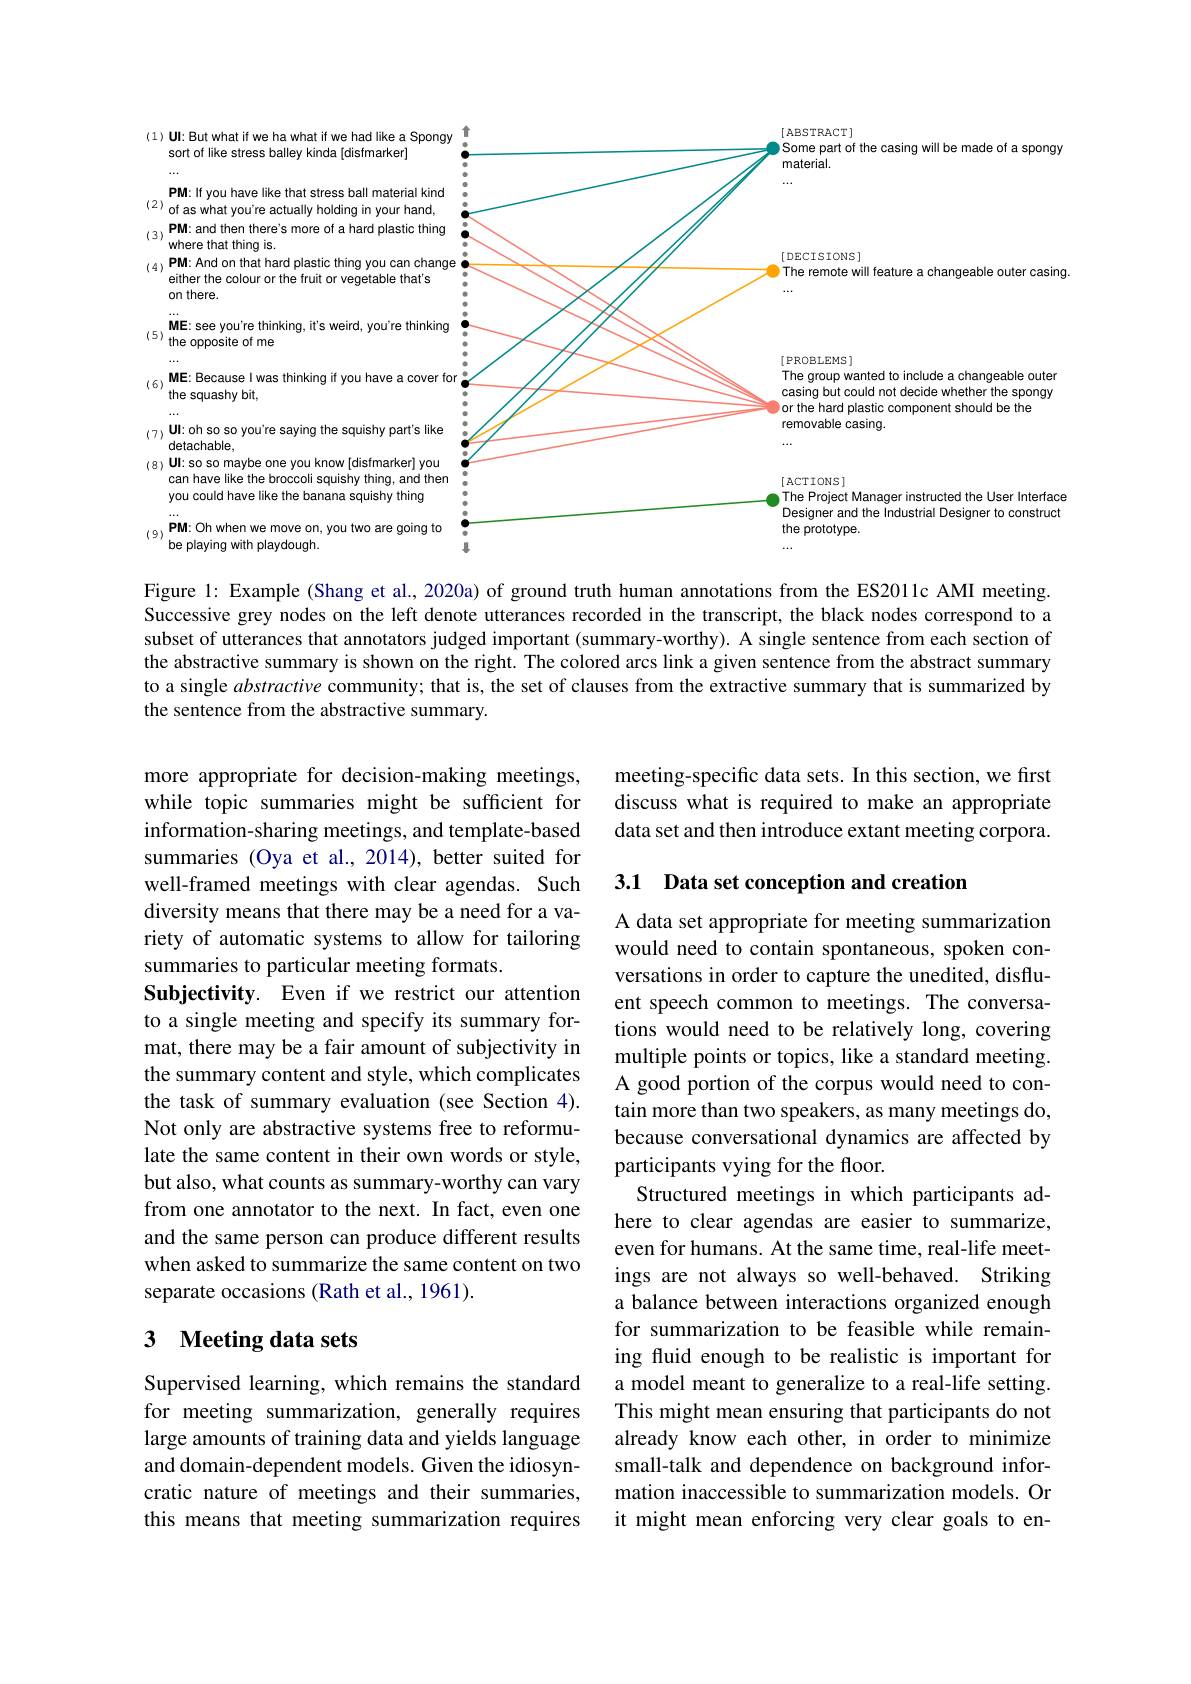
<FigureHere>

Figure 1: Example (Shang et al, 2020a) of ground truth human annotations from the ES2011c AMI meeting. Successive grey nodes on the left denote utterances recorded in the transcript, the black nodes correspond to a subset of utterances that annotators judged important (summary-worthy). A single sentence from each section of the abstractive summary is shown on the right. The colored arcs link a given sentence from the abstract summary to a single abstractive community; that is, the set of clauses from the extractive summary that is summarized by the sentence from the abstractive summary.

meeting-specific data sets. In this section, we first discuss what is required to make an appropriate data set and then introduce extant meeting corpora.

3.1 Data set conception and creation

more appropriate for decision-making meetings, while topic summaries might be sufficient for information-sharing meetings, and template-based summaries (Oya et al., 2014), better suited for well-framed meetings with clear agendas. Such diversity means that there may be a need for a variety of automatic systems to allow for tailoring summaries to particular meeting formats.
Subjectivity. Even if we restrict our attention to a single meeting and specify its summary format, there may be a fair amount of subjectivity in the summary content and style, which complicates the task of summary evaluation (see Section 4). Not only are abstractive systems free to reformulate the same content in their own words or style, but also, what counts as summary-worthy can vary from one annotator to the next. In fact, even one and the same person can produce different results when asked to summarize the same content on two separate occasions (Rath et al., 1961).

A data set appropriate for meeting summarization would need to contain spontaneous, spoken conversations in order to capture the unedited, disfluent speech common to meetings. The conversations would need to be relatively long, covering multiple points or topics, like a standard meeting. A good portion of the corpus would need to contain more than two speakers, as many meetings do, because conversational dynamics are affected by participants vying for the floor.
Structured meetings in which participants adhere to clear agendas are easier to summarize, even for humans. At the same time, real-life meetings are not always so well-behaved. Striking a balance between interactions organized enough for summarization to be feasible while remaining fluid enough to be realistic is important for a model meant to generalize to a real-life setting. This might mean ensuring that participants do not already know each other, in order to minimize small-talk and dependence on background information inaccessible to summarization models. Or it might mean enforcing very clear goals to en-

## 3 Meeting data sets

Supervised learning, which remains the standard for meeting summarization, generally requires large amounts of training data and yields language and domain-dependent models. Given the idiosyncratic nature of meetings and their summaries, this means that meeting summarization requires